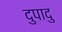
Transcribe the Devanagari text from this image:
दुपादु